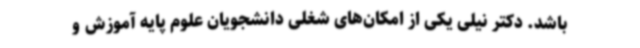
باشد. دکتر نیلی یکی از امکان‌های شغلی دانشجویان علوم پایه آموزش و